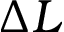
\Delta L